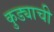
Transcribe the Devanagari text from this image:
कुड्याची